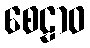
စေဠာဝ